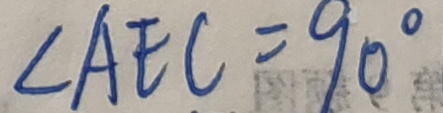
\angle A E C = 9 0 ^ { \circ }